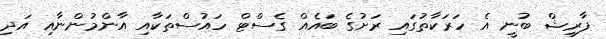
ފާރިޝް ބުނީ އެ ހަރަކާތުގައި ރަށުގެ ބައެއް ގެސްޓް ހައުސްތަކާއި އާންމުންނާއި އަދި